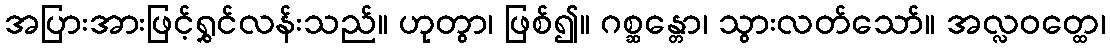
အပြားအားဖြင့်ရွှင်လန်းသည်။ ဟုတွာ၊ ဖြစ်၍။ ဂစ္ဆန္တော၊ သွားလတ်သော်။ အလ္လဝတ္ထေ၊